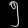
Digit: ၅